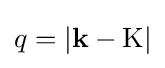
q=\left|\mathbf {k} -\mathrm {K} \right|